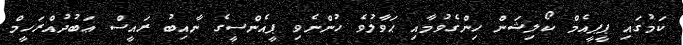
ކަމުގައި ޕީޕީއެމް ކޯލިޝަން ހިންގެވުމާއި ޙަވާލުވެ ހުންނެވި ޕީއެންސީގެ ނާއިބު ރައީސް ޢަބުދުއްރަހީމް